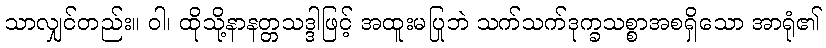
သာလျှင်တည်း။ ဝါ၊ ထိုသို့နာနတ္တသဒ္ဒါဖြင့် အထူးမပြုဘဲ သက်သက်ဒုက္ခသစ္စာအစရှိသော အာရုံ၏